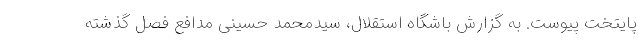
پایتخت پیوست. به گزارش باشگاه استقلال، سیدمحمد حسینی مدافع فصل گذشته